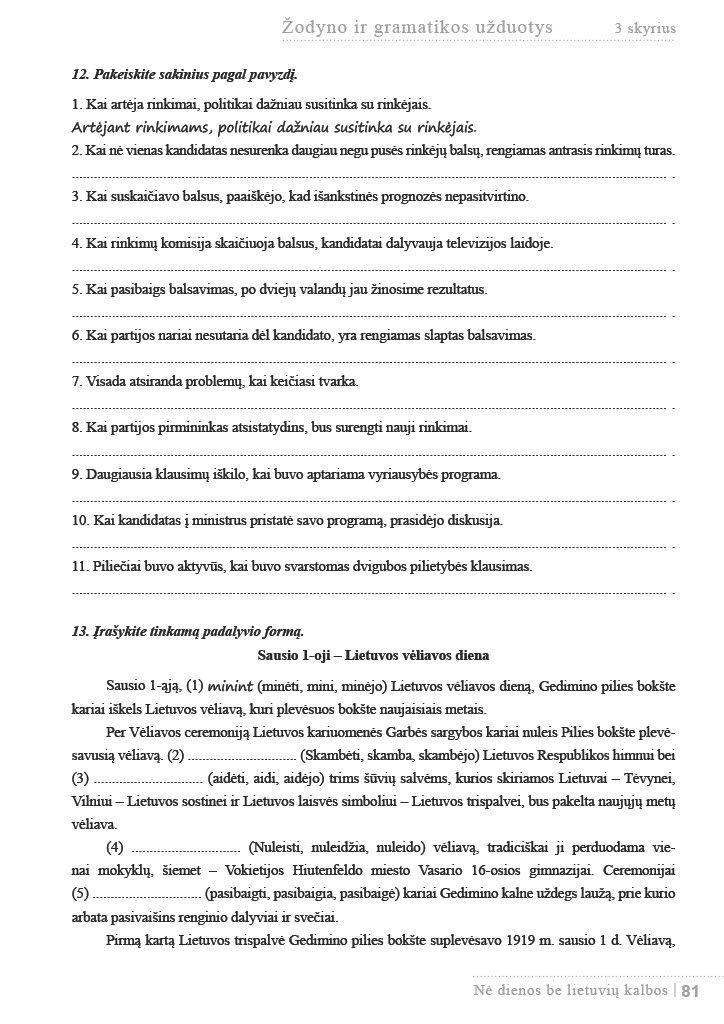
Language: lt